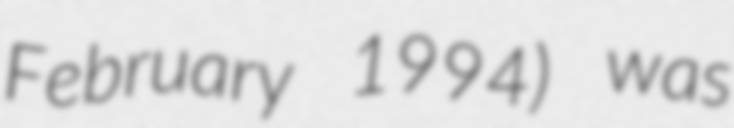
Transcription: February 1994) was